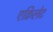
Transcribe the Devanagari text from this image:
एक्रिलेट